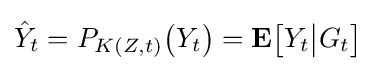
{\hat {Y}}_{t}=P_{K(Z,t)}{\big (}Y_{t}{\big )}=\mathbf {E} {\big [}Y_{t}{\big |}G_{t}{\big ]}